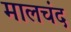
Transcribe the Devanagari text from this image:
मालचंद